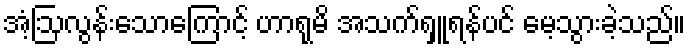
အံ့ဩလွန်းသောကြောင့် ဟာရုမိ အသက်ရှူရန်ပင် မေ့သွားခဲ့သည်။